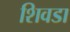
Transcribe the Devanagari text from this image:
शिवडा